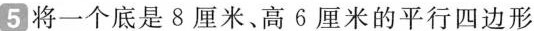
5 将一个底是8厘米、高6厘米的平行四边形